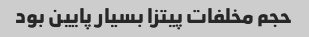
حجم مخلفات پیتزا بسیار پایین بود